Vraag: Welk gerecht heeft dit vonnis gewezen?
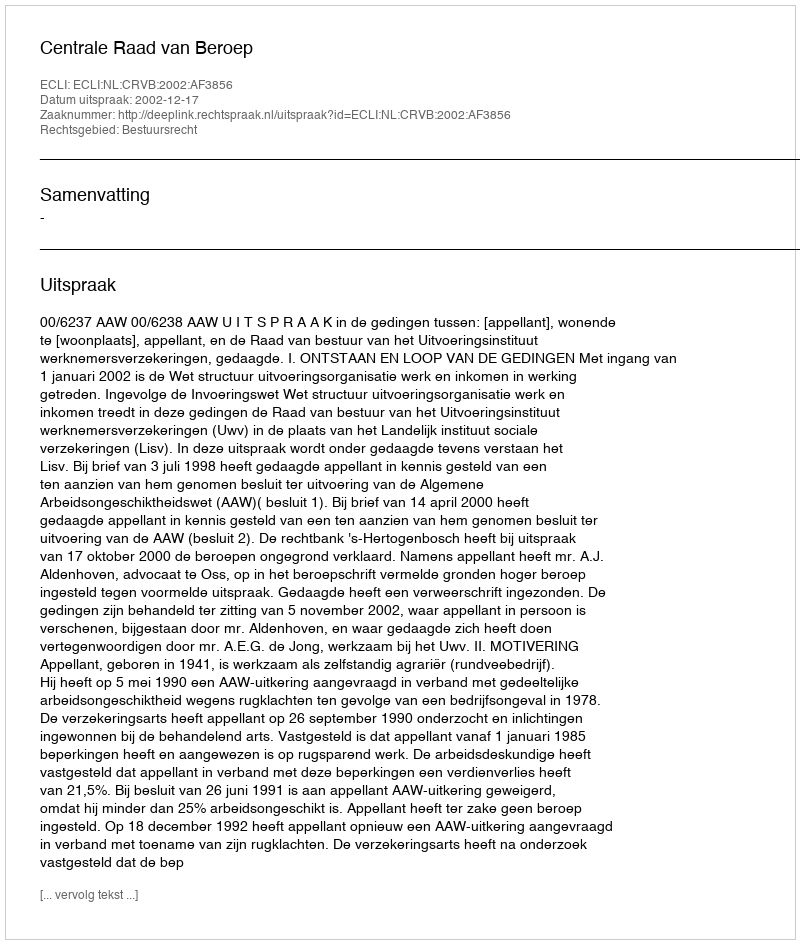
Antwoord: Centrale Raad van Beroep